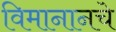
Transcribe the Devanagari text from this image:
विमानानचे